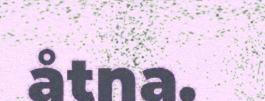
åtna.